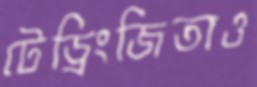
টেড্রিংজিতাও